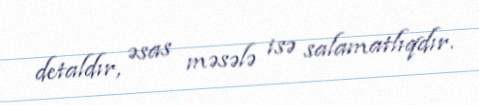
detaldır, əsas məsələ isə salamatlıqdır.